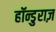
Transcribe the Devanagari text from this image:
हॉन्डुराज़